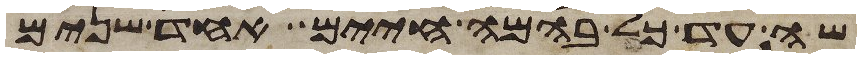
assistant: שה עד כל בהמה חיים אחד שנים